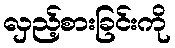
လှည့်စားခြင်းကို